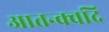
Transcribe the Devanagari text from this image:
आतन्क्वदि